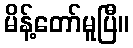
မိန့်တော်မူပြီ။